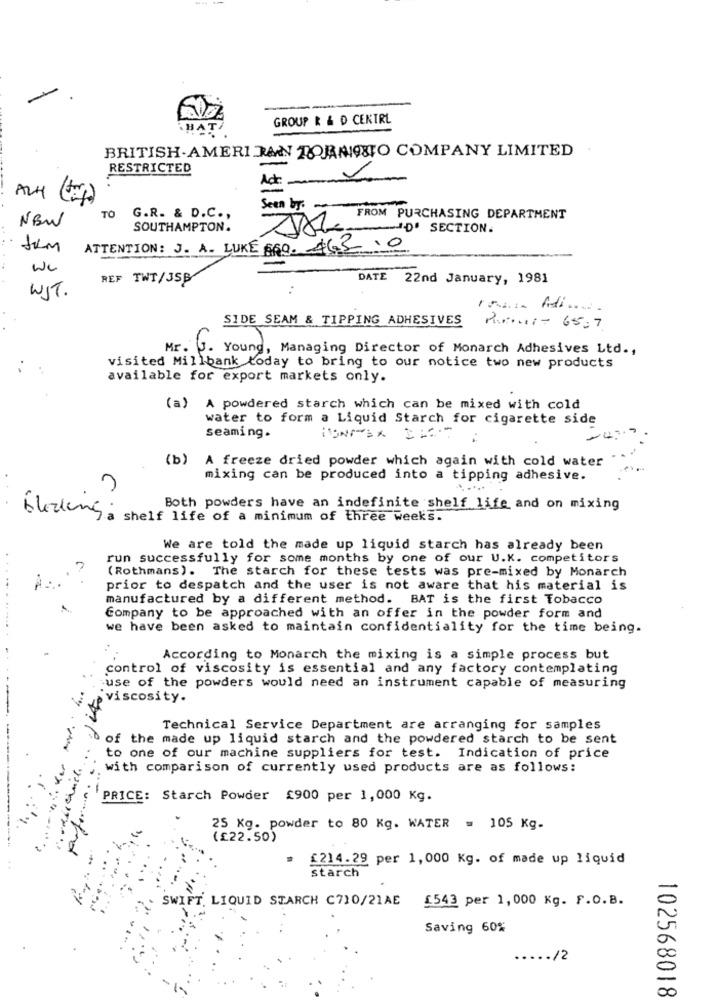
GROUP R & D CENTRE
BA
BRITISH.AMERI JAN TORNIO&O COMPANY LIMITED
RESTRICTED
ALH (+)
Seen by.
313
NEW
TO G.R. & D.C .,
FROM PURCHASING DEPARTMENT
SOUTHAMPTON.
D' SECTION.
ATTENTION: J. A. LUKE 660. 463 .0
we
REF TWT/JSS
DATE 22nd January, 1981
WIT.
:
SIDE SEAM & TIPPING ADHESIVES
Perui- 65,7
Mr. J. Young, Managing Director of Monarch Adhesives Ltd .,
..
visited Millbank today to bring to our notice two new products
available for export markets only.
(a) A powdered starch which can be mixed with cold
water to form a Liquid Starch for cigarette side
seaming.
(b) A freeze dried powder which again with cold water
mixing can be produced into a tipping adhesive.
Both powders have an indefinite shelf life and on mixing
Élezking:
shelf life of a minimum of three weeks.
We are told the made up liquid starch has already been
run successfully for some months by one of our U.K. competitors
(Rothmans). The starch for these tests was pre-mixed by Monarch
prior to despatch and the user is not aware that his material is
manufactured by a different method. BAT is the first Tobacco
Company to be approached with an offer in the powder form and
we have been asked to maintain confidentiality for the time being.
.. .... ...... .
According to Monarch the mixing is a simple process but
control of viscosity is essential and any factory contemplating
use of the powders would need an instrument capable of measuring
viscosity.
Technical Service Department are arranging for samples
so of the made up liquid starch and the powdered starch to be sent
to one of our machine suppliers for test. Indication of price
with comparison of currently used products are as follows:
-------
--
PRICE: Starch Powder £900 per 1,000 Kg.
25 Kg. powder to 80 Kg. WATER = 105 Kg.
(£22.50)
£214.29 per 1, 000 Kg. of made up liquid
starch
SWIFT. LIQUID STARCH C710/21AE
£543 per 1,000 Kg. F.O.B.
Saving 60%
..... /2
102568018